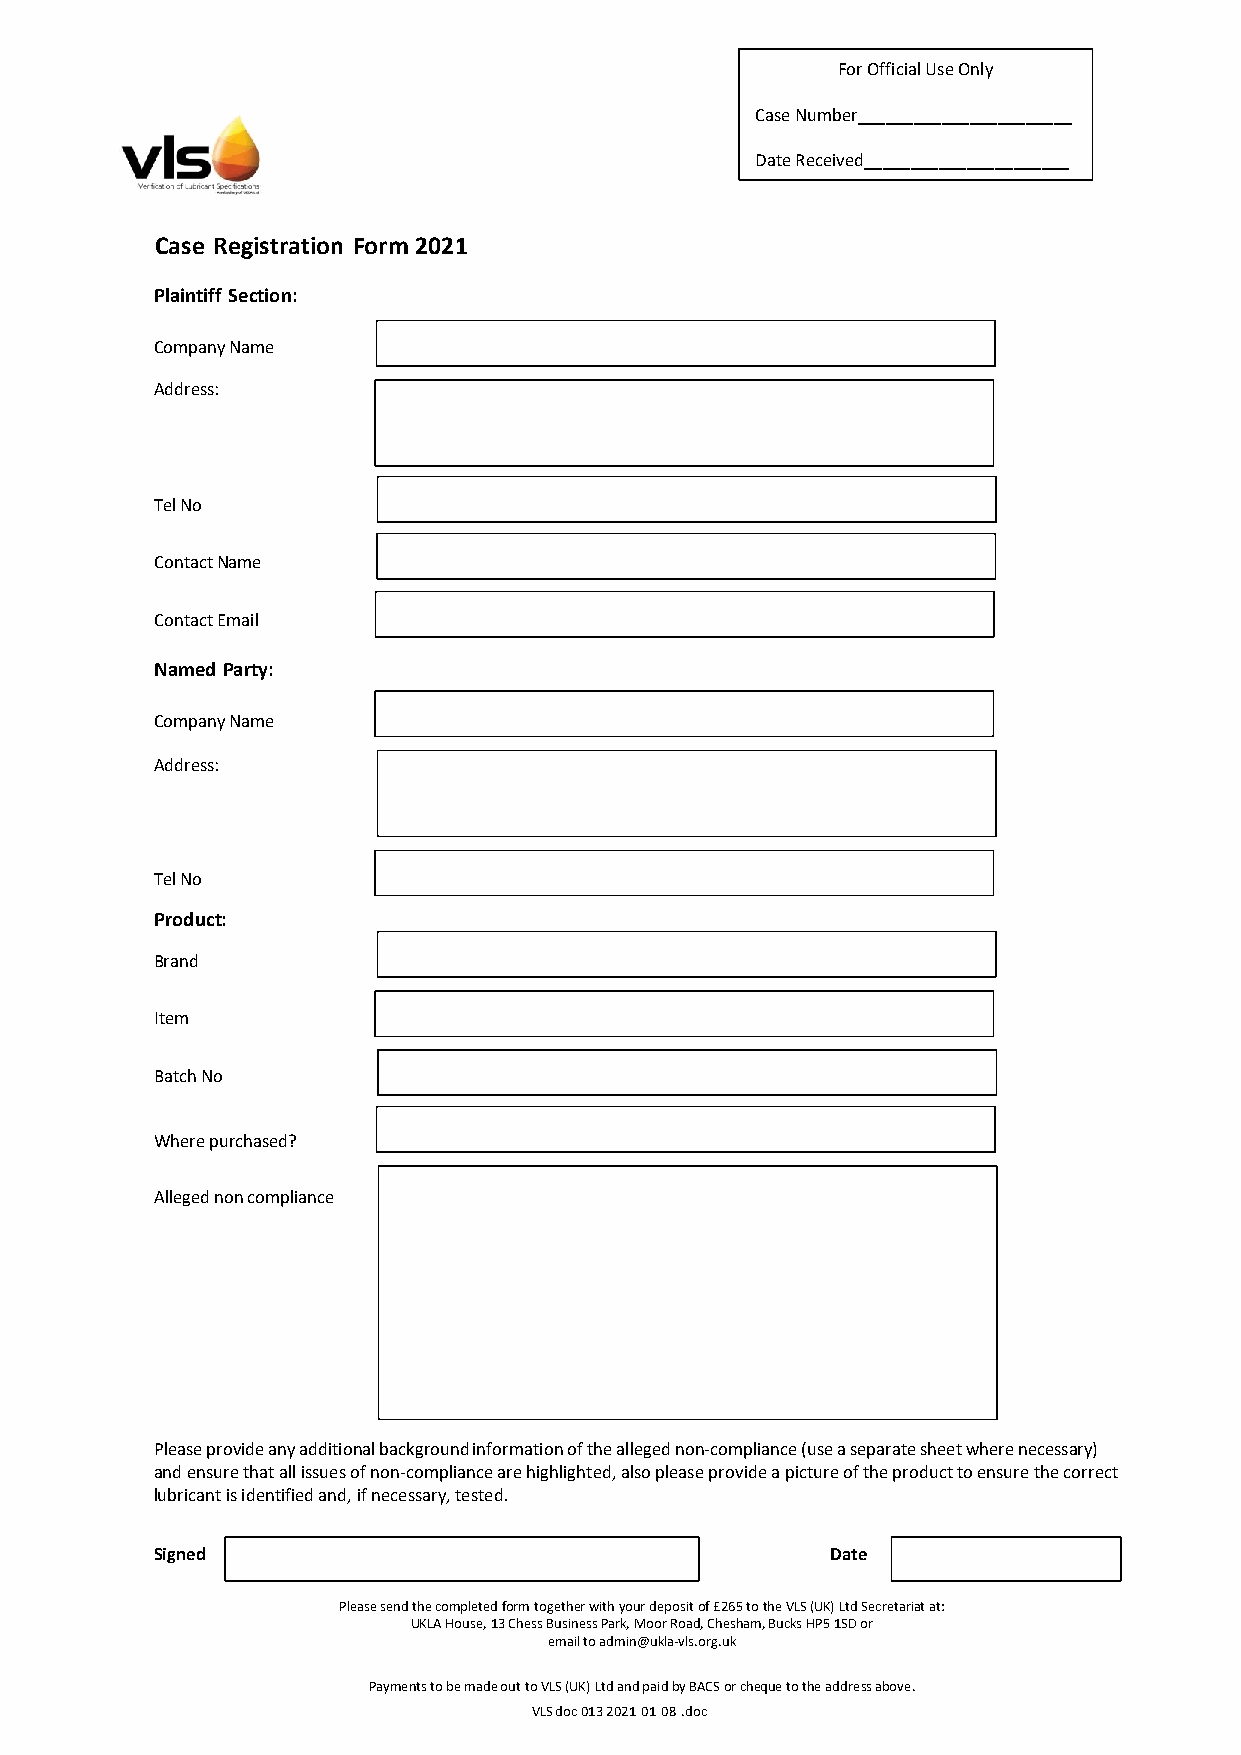
For Official Use Only
 Case Number_______________________
 Date Received______________________
 Case Registration Form 2021
 Plaintiff Section:
 Company Name
 Address:
 Tel No
 Contact Name
 Contact Email
 Named Party:
 Company Name
 Address:
 Tel No
 Product:
 Brand
 Item
 Batch No
 Where purchased?
 Alleged non compliance
 Please provide any additional background information of the alleged non-compliance (use a separate sheet where necessary)
 and ensure that all issues of non-compliance are highlighted, also please provide a picture of the product to ensure the correct
 lubricant is identified and, if necessary, tested.
 Signed                                       Date
 Please send the completed form together with your deposit of £265 to the VLS (UK) Ltd Secretariat at:
 UKLA House, 13 Chess Business Park, Moor Road, Chesham, Bucks HP5 1SD or
 email to admin@ukla-vls.org.uk
 Payments to be made out to VLS (UK) Ltd and paid by BACS or cheque to the address above.
 VLS doc 013 2021 01 08 .doc